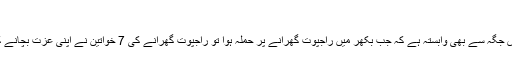
‘
ستی کی ایسی ہی ایک روایت ستین جو آستھان نامی اس جگہ سے بھی وابستہ ہے کہ جب بکھر میں راجپوت گھرانے پر حملہ ہوا تو راجپوت گھرانے کی 7 خواتین نے اپنی عزت بچانے کی خاطر اس جگہ پر خود کو آگ میں جھونک دیا تھا۔